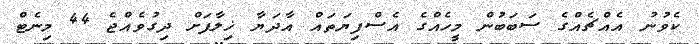
ކެވުނު އެއްޗެއްގެ ސަބަބުން މީހެއްގެ އެސްފިޔަތައް އާދަޔާ ޚިލާފަށް ދިގުވެއްޖެ 44 މިނެޓް